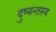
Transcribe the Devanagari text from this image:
दुष्यन्तस्य